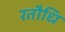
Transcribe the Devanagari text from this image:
रतौधि